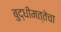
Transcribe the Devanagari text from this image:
बुद्धीमत्तेचा